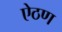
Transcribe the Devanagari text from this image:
ऐठण